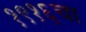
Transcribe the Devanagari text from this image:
१९१६चा